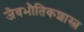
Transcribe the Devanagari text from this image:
जैवभौतिकशास्त्र